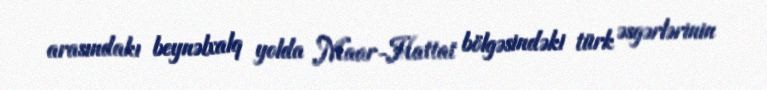
arasındakı beynəlxalq yolda Maar-Hattat bölgəsindəki türk əsgərlərinin